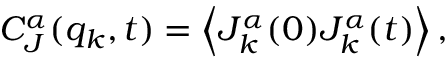
C _ { J } ^ { \alpha } ( q _ { k } , t ) = \left\langle J _ { k } ^ { \alpha } ( 0 ) J _ { k } ^ { \alpha } ( t ) \right\rangle ,